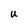
Character: u